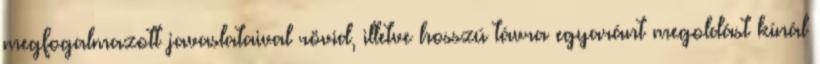
megfogalmazott javaslataival rövid, illetve hosszú távra egyaránt megoldást kínál